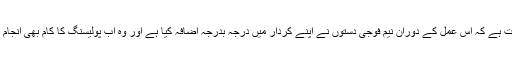
تاہم یہ بھی حقیقت ہے کہ اس عمل کے دوران نیم فوجی دستوں نے اپنے کردار میں درجہ بدرجہ اضافہ کیا ہے اور وہ اب پولیسنگ کا کام بھی انجام دینے لگے ہیں ۔